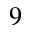
9